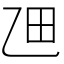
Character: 乪